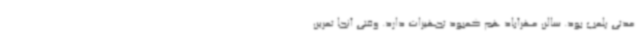
مدتی پلمپ بود. سالن مهرآباد هم کمبود تجهیزات دارد. وقتی آنجا تمرین